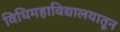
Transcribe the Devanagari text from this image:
विधिमहाविद्यालयातून